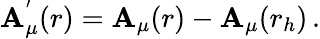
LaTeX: \mathbf{A}_{\mu}^{'}(r)=\mathbf{A}_{\mu}(r)-\mathbf{A}_{\mu}(r_{h})\, .